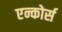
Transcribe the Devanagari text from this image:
एन्कोर्स